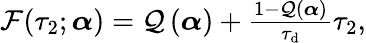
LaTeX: \begin{array}{r}{\mathcal{F}(\tau_{2};\boldsymbol{\alpha})=\mathcal{Q}\left(\boldsymbol{\alpha}\right)+\frac{1-\mathcal{Q}\left(\boldsymbol{\alpha}\right)}{\tau_{\mathrm{d}}}\tau_{2},}\end{array}